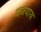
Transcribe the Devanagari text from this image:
यजथाय